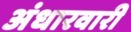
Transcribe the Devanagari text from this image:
अंधारवारी